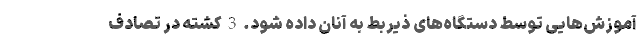
آموزش‌هایی توسط دستگاه‌های ذیربط به آنان داده شود. 3 کشته در تصادف